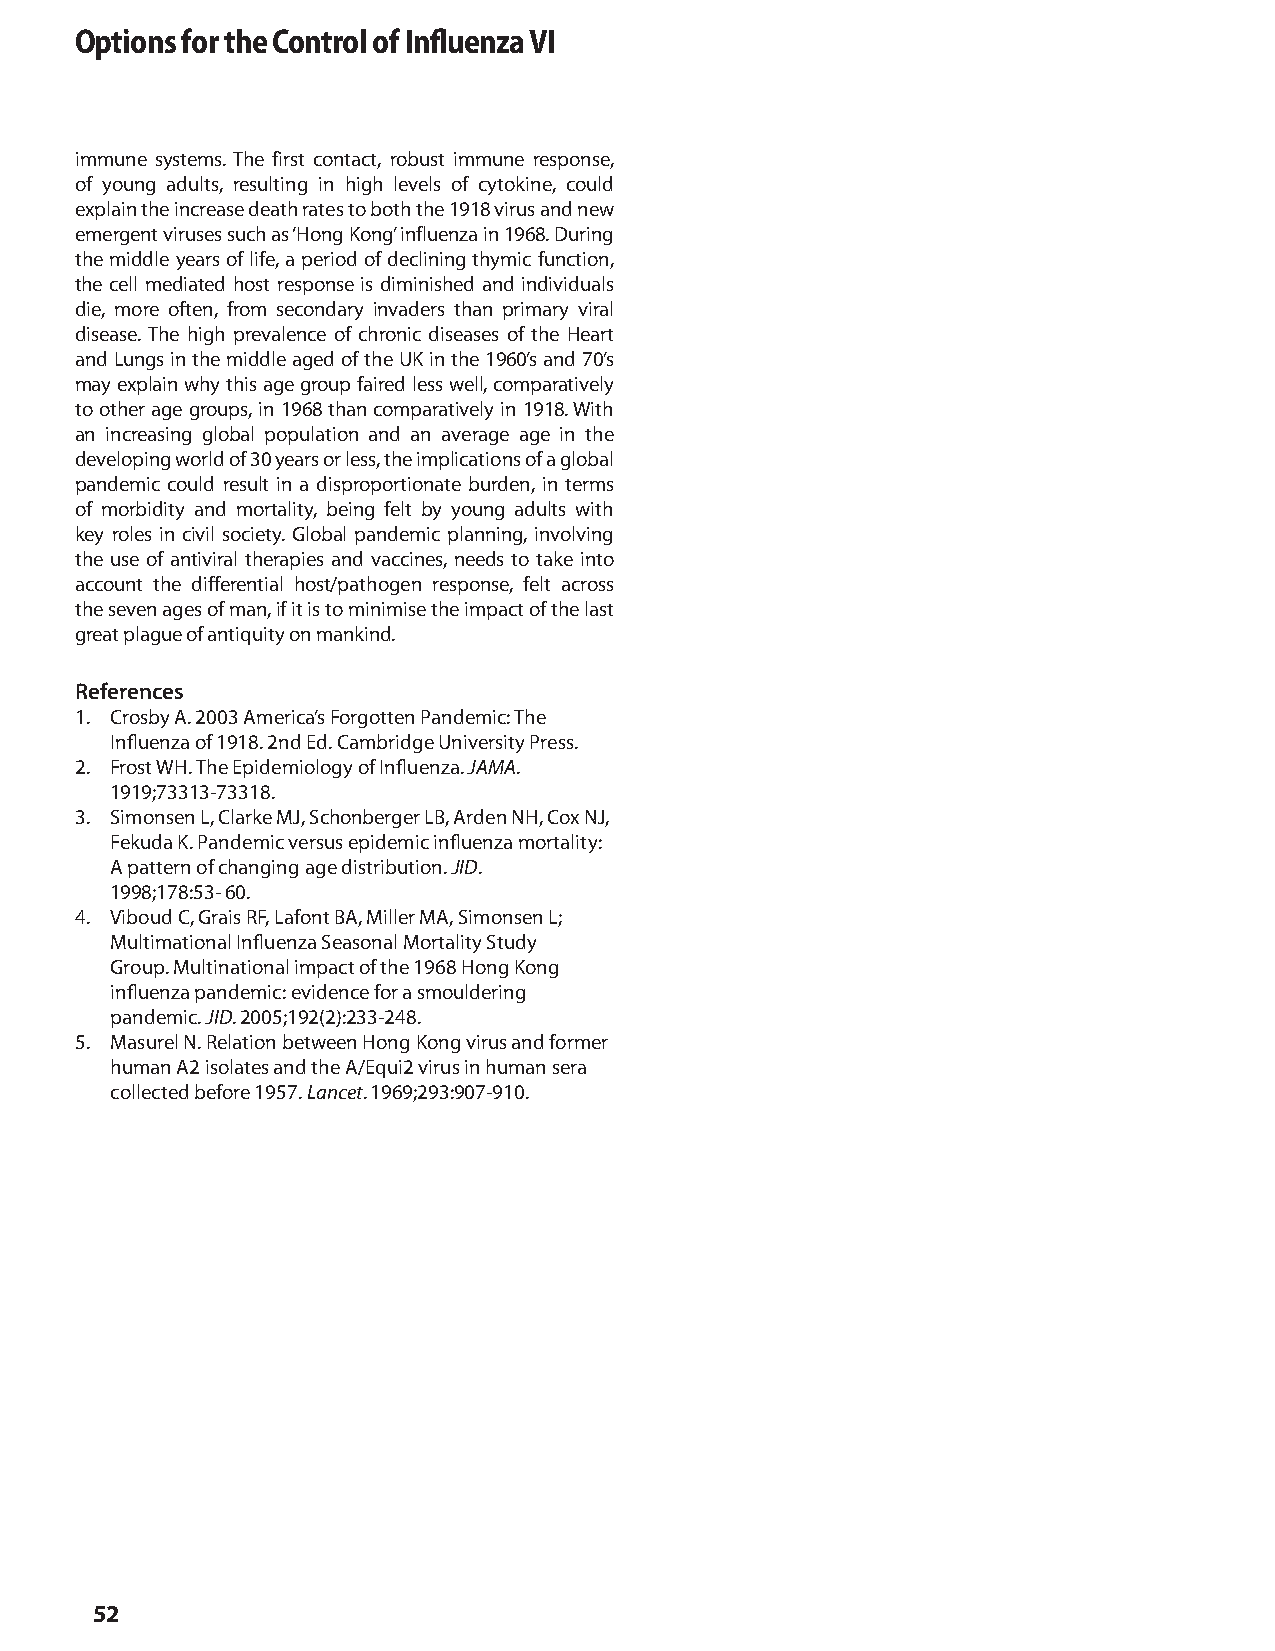
Options for the Control of Influenza VI
 immune systems. The first contact, robust immune response,
 of young adults, resulting in high levels of cytokine, could
 explain the increase death rates to both the 1918 virus and new
 emergent viruses such as ‘Hong Kong’ influenza in 1968. During
 the middle years of life, a period of declining thymic function,
 the cell mediated host response is diminished and individuals
 die, more often, from secondary invaders than primary viral
 disease. The high prevalence of chronic diseases of the Heart
 and Lungs in the middle aged of the UK in the 1960’s and 70’s
 may explain why this age group faired less well, comparatively
 to other age groups, in 1968 than comparatively in 1918. With
 an increasing global population and an average age in the
 developing world of 30 years or less, the implications of a global
 pandemic could result in a disproportionate burden, in terms
 of morbidity and mortality, being felt by young adults with
 key roles in civil society. Global pandemic planning, involving
 the use of antiviral therapies and vaccines, needs to take into
 account the differential host/pathogen response, felt across
 the seven ages of man, if it is to minimise the impact of the last
 great plague of antiquity on mankind.
 References
 1. Crosby A. 2003 America’s Forgotten Pandemic: The
 Influenza of 1918. 2nd Ed. Cambridge University Press.
 2. Frost WH. The Epidemiology of Influenza. JAMA.
 1919;73313-73318.
 3. Simonsen L, Clarke MJ, Schonberger LB, Arden NH, Cox NJ,
 Fekuda K. Pandemic versus epidemic influenza mortality:
 A pattern of changing age distribution. JID.
 1998;178:53- 60.
 4. Viboud C, Grais RF, Lafont BA, Miller MA, Simonsen L;
 Multimational Influenza Seasonal Mortality Study
 Group. Multinational impact of the 1968 Hong Kong
 influenza pandemic: evidence for a smouldering
 pandemic. JID. 2005;192(2):233-248.
 5. Masurel N. Relation between Hong Kong virus and former
 human A2 isolates and the A/Equi2 virus in human sera
 collected before 1957. Lancet. 1969;293:907-910.
 52